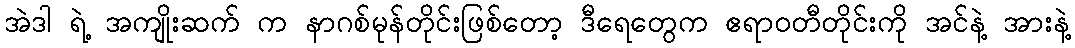
အဲဒါ ရဲ့ အကျိုးဆက် က နာဂစ်မုန်တိုင်းဖြစ်တော့ ဒီရေတွေက ဧရာဝတီတိုင်းကို အင်နဲ့ အားနဲ့